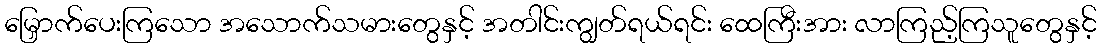
မြှောက်ပေးကြသော အသောက်သမားတွေနှင့် အတါင်းကျွတ်ရယ်ရင်း ထေကြီးအား လာကြည့်ကြသူတွေနှင့်